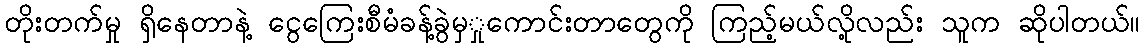
တိုးတက်မှု ရှိနေတာနဲ့ ငွေကြေးစီမံခန့်ခွဲမှှုကောင်းတာတွေကို ကြည့်မယ်လို့လည်း သူက ဆိုပါတယ်။